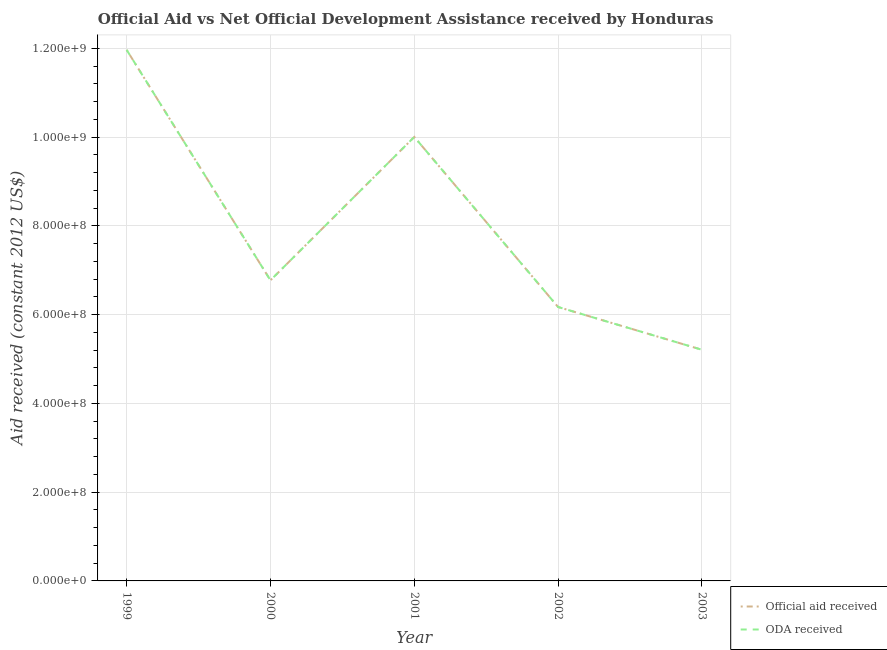
| Year | Official aid received | ODA received |
 | --- | --- | --- |
 | 1999 | 1.2e+09 | 1.2e+09 |
 | 2000 | 6.77e+08 | 6.77e+08 |
 | 2001 | 1e+09 | 1e+09 |
 | 2002 | 6.17e+08 | 6.17e+08 |
 | 2003 | 5.21e+08 | 5.21e+08 |